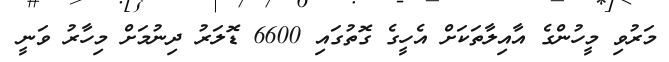
މަރުވި މީހުންގެ އާއިލާތަކަށް އެހީގެ ގޮތުގައި 6600 ޑޮލަރު ދިނުމަށް މިހާރު ވަނީ